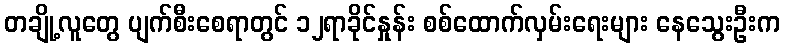
တချို့လူတွေ ပျက်စီးစေရာတွင် ၁၂ရာခိုင်နှုန်း စစ်ထောက်လှမ်းရေးများ နေသွေးဦးက